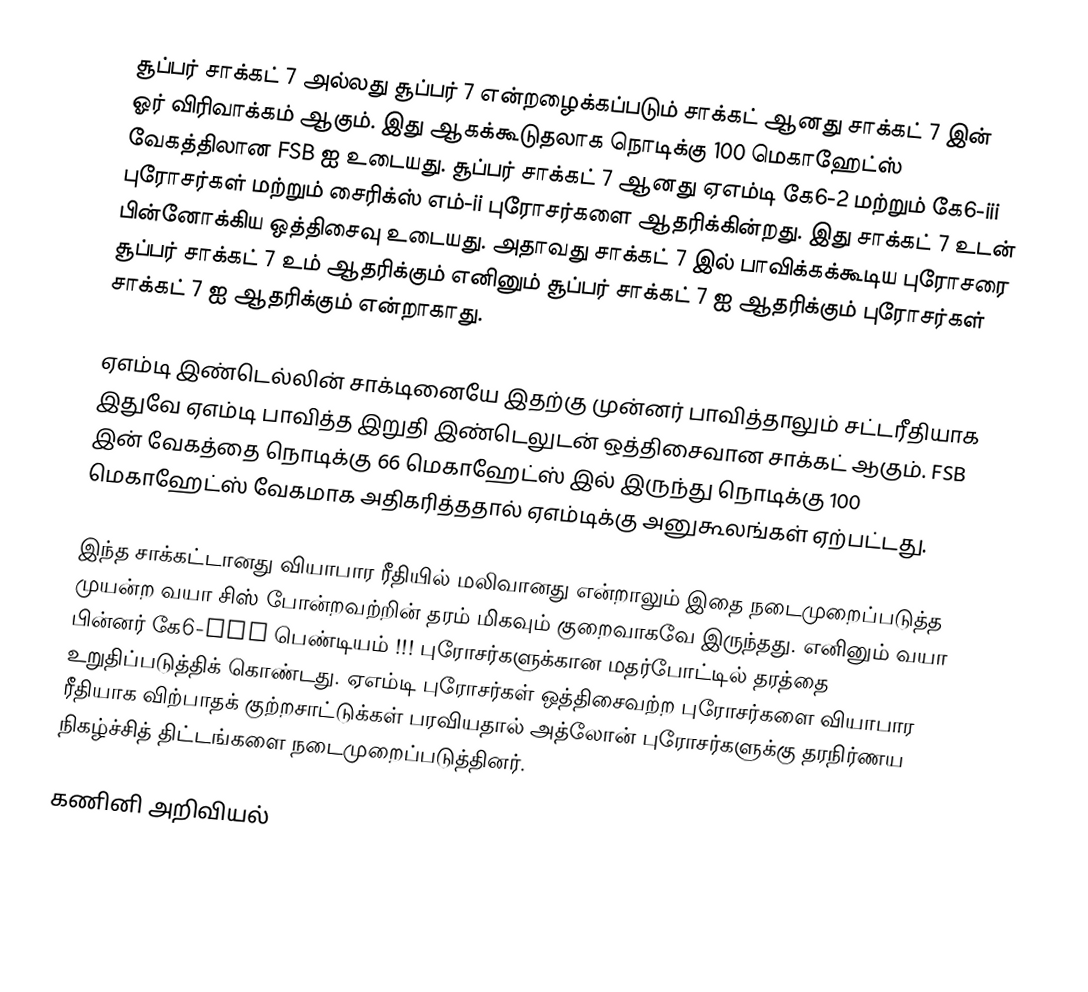
சூப்பர் சாக்கட் 7 அல்லது சூப்பர் 7 என்றழைக்கப்படும் சாக்கட் ஆனது  சாக்கட் 7 இன் ஓர் விரிவாக்கம் ஆகும். இது ஆகக்கூடுதலாக நொடிக்கு 100 மெகாஹேட்ஸ் வேகத்திலான FSB ஐ உடையது. சூப்பர் சாக்கட் 7 ஆனது ஏஎம்டி கே6-2 மற்றும் கே6-iii புரோசர்கள் மற்றும் சைரிக்ஸ் எம்-ii புரோசர்களை ஆதரிக்கின்றது. இது சாக்கட் 7 உடன் பின்னோக்கிய ஒத்திசைவு உடையது. அதாவது சாக்கட் 7 இல் பாவிக்கக்கூடிய புரோசரை சூப்பர் சாக்கட் 7 உம் ஆதரிக்கும் எனினும் சூப்பர் சாக்கட் 7 ஐ ஆதரிக்கும் புரோசர்கள் சாக்கட் 7 ஐ ஆதரிக்கும் என்றாகாது.

ஏஎம்டி இண்டெல்லின் சாக்டினையே இதற்கு முன்னர் பாவித்தாலும் சட்டரீதியாக இதுவே ஏஎம்டி பாவித்த இறுதி இண்டெலுடன் ஒத்திசைவான சாக்கட் ஆகும். FSB இன் வேகத்தை நொடிக்கு 66 மெகாஹேட்ஸ் இல் இருந்து நொடிக்கு 100 மெகாஹேட்ஸ் வேகமாக அதிகரித்ததால் ஏஎம்டிக்கு அனுகூலங்கள் ஏற்பட்டது.

இந்த சாக்கட்டானது வியாபார ரீதியில் மலிவானது என்றாலும் இதை நடைமுறைப்படுத்த முயன்ற வயா சிஸ் போன்றவற்றின் தரம் மிகவும் குறைவாகவே இருந்தது. எனினும் வயா பின்னர் கே6-iii பெண்டியம் !!! புரோசர்களுக்கான மதர்போட்டில் தரத்தை உறுதிப்படுத்திக் கொண்டது.  ஏஎம்டி புரோசர்கள் ஒத்திசைவற்ற புரோசர்களை வியாபார ரீதியாக விற்பாதக் குற்றசாட்டுக்கள் பரவியதால் அத்லோன் புரோசர்களுக்கு தரநிர்ணய நிகழ்ச்சித் திட்டங்களை நடைமுறைப்படுத்தினர்.

கணினி அறிவியல்